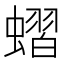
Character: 𧐔